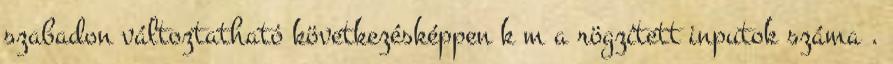
szabadon változtatható következésképpen k‒m a rögzített inputok száma .